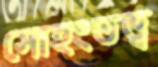
সোহংতত্ত্ব